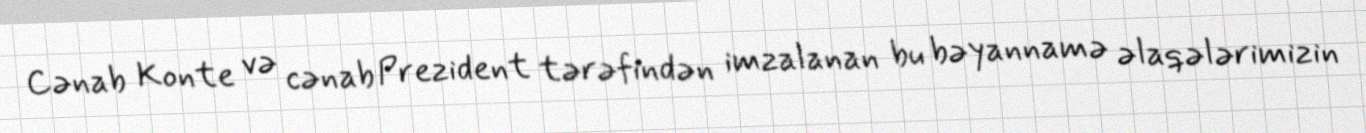
Cənab Konte və cənab Prezident tərəfindən imzalanan bu bəyannamə əlaqələrimizin